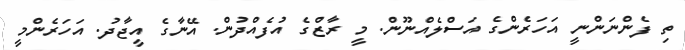
ތި ފެންނަންނީ އަހަރެންގެ އަސްލެއްނޫން. މީ ރާޒްގެ އުފެއްދުން. އޭނާގެ އީޖާދު. އަހަރެންމީ